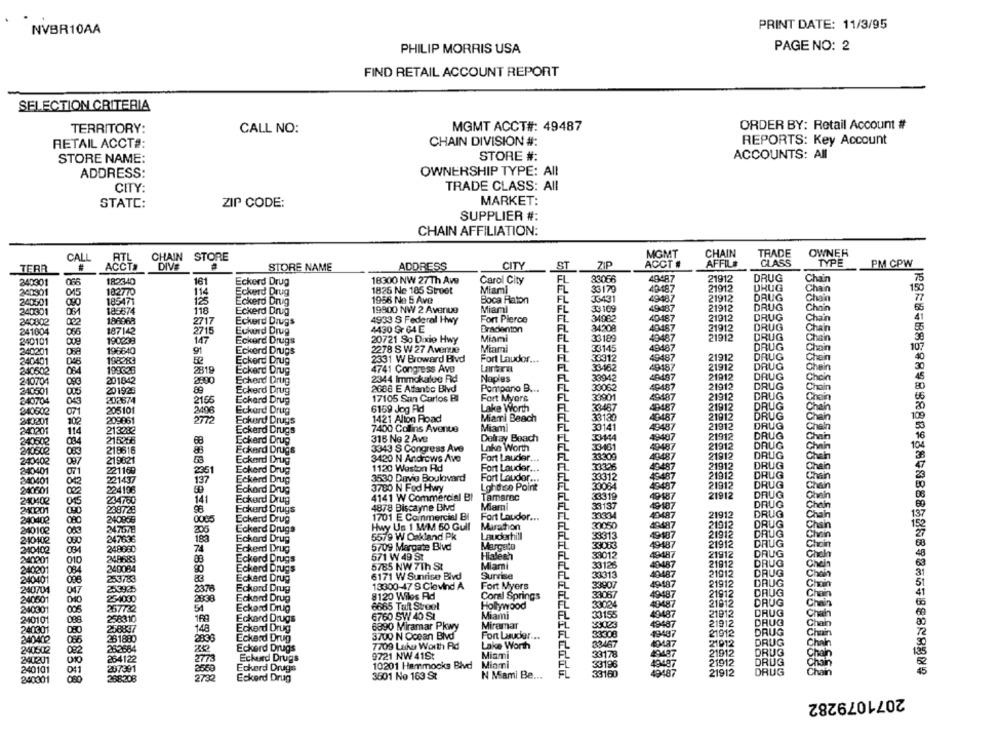
NVBR10AA
PRINT DATE: 11/3/95
PHILIP MORRIS USA
PAGE NO: 2
FIND RETAIL ACCOUNT REPORT
SELECTION CRITERIA
MGMT ACCT#: 49487
ORDER BY: Retail Account #
TERRITORY:
CALL NO:
REPORTS: Key Account
RETAIL ACCT#:
CHAIN DIVISION #:
ACCOUNTS: All
STORE NAME:
STORE #:
ADDRESS:
OWNERSHIP TYPE: All
CITY:
TRADE CLASS: All
MARKET:
STATC:
ZIP CODE:
SUPPLIER #:
CHAIN AFFILIATION:
CHAIN
TRADE
OWNER
CALL
RTL
CHAIN
STORE
MGMT
TERR
ACCTS
DIVE
STORE NAME
ADDRESS
CITY
ST
71P
ACCT #
AFFIL#
CLASS
TYPE
PM CPW
340301
066
182340
161
Eckerd Drug
18300 NW 27Th Ave
Carol City
33066
40487
21912
DRUG
Chain
75
1825 Ne 185 Stroet
Miami
FL
33170
40487
21912
DRUG
Chain
150
240901
015
182770
114
Eckerd Drug
EL
49487
21912
DRUG
240501
185471
125
Eckerd Drug
1956 Ne 5 Ave
Boca Raton
33431
Chain
240301
185674
118
Eckerd Drug
19800 NW 2 Avenue
Miami
FL
33169
49487
21912
DRUG
186968
2717
4933 S Federal Hwy
Fort Pierce
34982
40487
21912
DRUG
Chain
240802
022
Eckerd Drugs
EL
34209
40487
21912
DRUG
241004
066
187142
2715
Eukord Drug
4430 Gr G4 E
Bradenton
Chain
240101
190239
147
Eckerd Drugs
20721 So Dixie Hwy
Miami
FL
33189
49487
21912
DRUG
Chain
196640
2278 8 W 27 Avenue
Miami
33145
49487
DRUG
Chain
240201
Eckerd Drugs
FI
₹3312
49487
21912
DRUG
Chein
240401
045
198283
Eckerd Drug
2331 W Broward Blvd
Fort Lauder ...
240502
198629
2819
Eckerd Drug
4741 Congress Avu
33462
49187
21912
DRUG
Chein
201842
2800
2344 Immokalee Rid
Naples
33942
LA487
21812
DRUG
Chein
210704
Eckend Drug
33062
21012
DRUG
240501
005
201928
89
Eckerd Drug
2686 E Altantic Blvd
Pompano B ...
49487
hain
240704
043
202874
2155
Eckard Drug
17105 San Carlos BI
Fort Myers
33901
49487
21912
DRUG
205101
2406
6159 Jog Fid
Lake Worth
33467
49487
21912
DRUG
nein
240602
071
Eckard Drug
33130
40487
21912
DRUG
240201
102
209861
2772
Eckard Drugs
1421 Alton Road
Miami Beach
ain
240201
114
213282
Eckerd Drugs
7400 Collins Avenue
Miami
FL
30141
49487
21912
DRUG
hain
318 No 2 Ave
Delray Beach
FL
33444
49487
21912
DRUG
240502
034
215266
68
Eckerd Drug
FL
33101
49487
21912
DRUG
210502
218616
88
Eckerd Drugs
3343 S Congress Ave
Lake Worth
240402
219821
Eckard Drug
3420 N Andrews Ave
Fort Lauder ..
FL
49487
21912
DRUG
hein
1120 Waston Rid
Fort Lauder ...
33326
49487
21912
DRUG
hain
240401
071
221169
2361
Eckerd Drug
21912
DRUG
340401
221437
137
Eckerd Drug
3530 Davio Boulovard
Fort Lauder ...
FL
33312
49487
DRUG
Chain
240601
002
224196
Eckard Drug
3780 N Fod Hwy
Lohthise Point
33084
49487
21912
Chain
4141 W Commercial BI
Tamaroc
FL
33319
49187
21912
DRUG
Cheln
240402
015
234760
141
Eckerd Drug
Miami
FL
38137
49487
DRUG
Chein
2401201
238728
98
Eckerd Drugs
4878 Biscayne Blvd
21912
DRUG
240402
240859
0005
Eckerd Drug
1701 E Coinmercial BI
Fort Lauder ...
FL
33334
43487
Chain
Hwy Us 1 WM 50 Gull
Marathon
FL
33050
49487
21912
DRUG
240102
083
247678
206
Eckerd Drugs
EL
33313
49487
21912
DRUG
Chain
240102
247633
195
Eckard Drug
5579 W Oakland Pk
Lauderhill
240402
248880
Eckerd Drug
5709 Margate Blvd
FL
33083
49487
21912
DRUG
571 W 49 ST
Hialeah
FL
39012
49487
21912
DRUG
Cheln
240201
010
248683
Eckerd Drugs
Miami
FL
33125
21912
DRUG
Cheln
240201
240084
Eckerd Drugs
5785 NW 7Th St
49487
21912
DRUG
24040
253783
Eckard Drug
6171 W Sunrise Blvd
Surrise
33313
40487
Chain
253925
18300-47 9 Clevind A
Fort Myers
EL
33907
49187
21912
DAUG
Choin
240704
047
2376
Eckard Drug
FL
33067
21912
DAUG
240501
25-1030
2838
Eckard Drug
8120 Wiles Rd
Coral Springs
33024
DRUG
Chain
240301
005
267732
54
Eckard Drug
8665 Talt Stool
Hollywood
40487
21812
Chain
6760 SW 40 SI
Miami
FL
49487
21912
DRUG
240101
088
258310
Eckard Drugs
33155
49487
21912
DRUG
Chain
240301
258837
148
Eckerd Drug
6890 Miramar Pkwy
Miramar
DRUG
240402
261880
2888
Eckard Drug
3700 N Ocean Blvd
Fort Lauder ...
FL
33308
49487
21912
Chu
7709 Lake Worth Rd
Lake Worth
FL
33467
40487
21912
DRUG
Chal
240502
252584
Eckerd Drugs
Miami
FL
33178
49487
21912
DRUG
Chain
240201
010
264122
275
Eckerd Drugs
9721 NW 41St
21912
267391
2650
Eckerd Drugs
10201 Hammocks Blvd
Miami
33196
49487
Chain
240101
041
3601 No 163 St
N Mami Be ...
<3160
49487
21912
RUG
Chain
240301
268208
2732
Eckerd Drug
2071079282